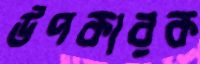
উপকারক